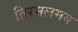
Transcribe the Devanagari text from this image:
तिरमलमब